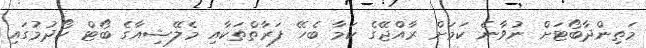
މަތިންދާބޯޓަށް ނުވާނެ ކަމަށް ރާއްޖޭގެ ކަމާ ބެހޭ ފަރާތްތަކާއި މެލޭޝިއާގެ ބޯޓް ހޯދުމުގައި